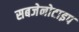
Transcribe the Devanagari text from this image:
सबजेनोटाइप